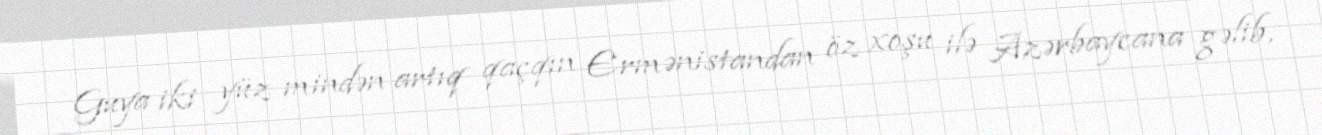
Guya iki yüz mindən artıq qaçqın Ermənistandan öz xoşu ilə Azərbaycana gəlib,